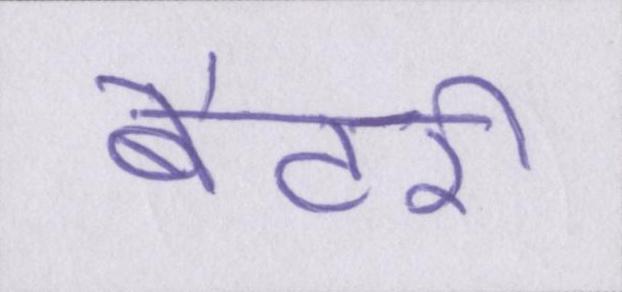
बैटरी